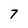
Character: 7